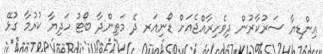
އިންޑިޔާ ސަރުކާރުން ދިވެހިރާއްޖެއަށް ޑޯނިއަރ ދެ މަތިންދާ ބޯޓު ހަދިޔާ ކުރުމާ ގުޅޭ